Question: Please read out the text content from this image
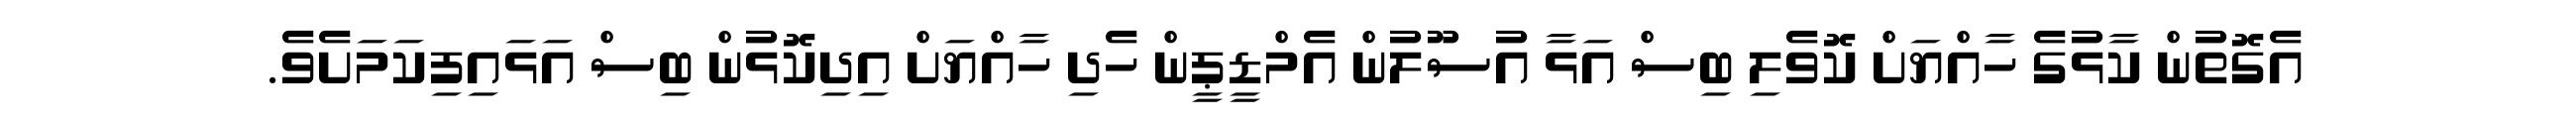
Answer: އެގޮތުން ކާޅުގެ ހާއްޔަށް ކޮވެލި ބިސް އަޅާ އުސޫލުން އެމްޑީޕީން ހެދި ހާއްޔަށް އިދިކޮޅުން ބިސް އަޅައިފިކަމަށެވެ.